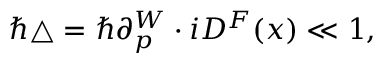
\hbar \triangle = \hbar \partial _ { p } ^ { W } \cdot i D ^ { F } ( x ) \ll 1 ,